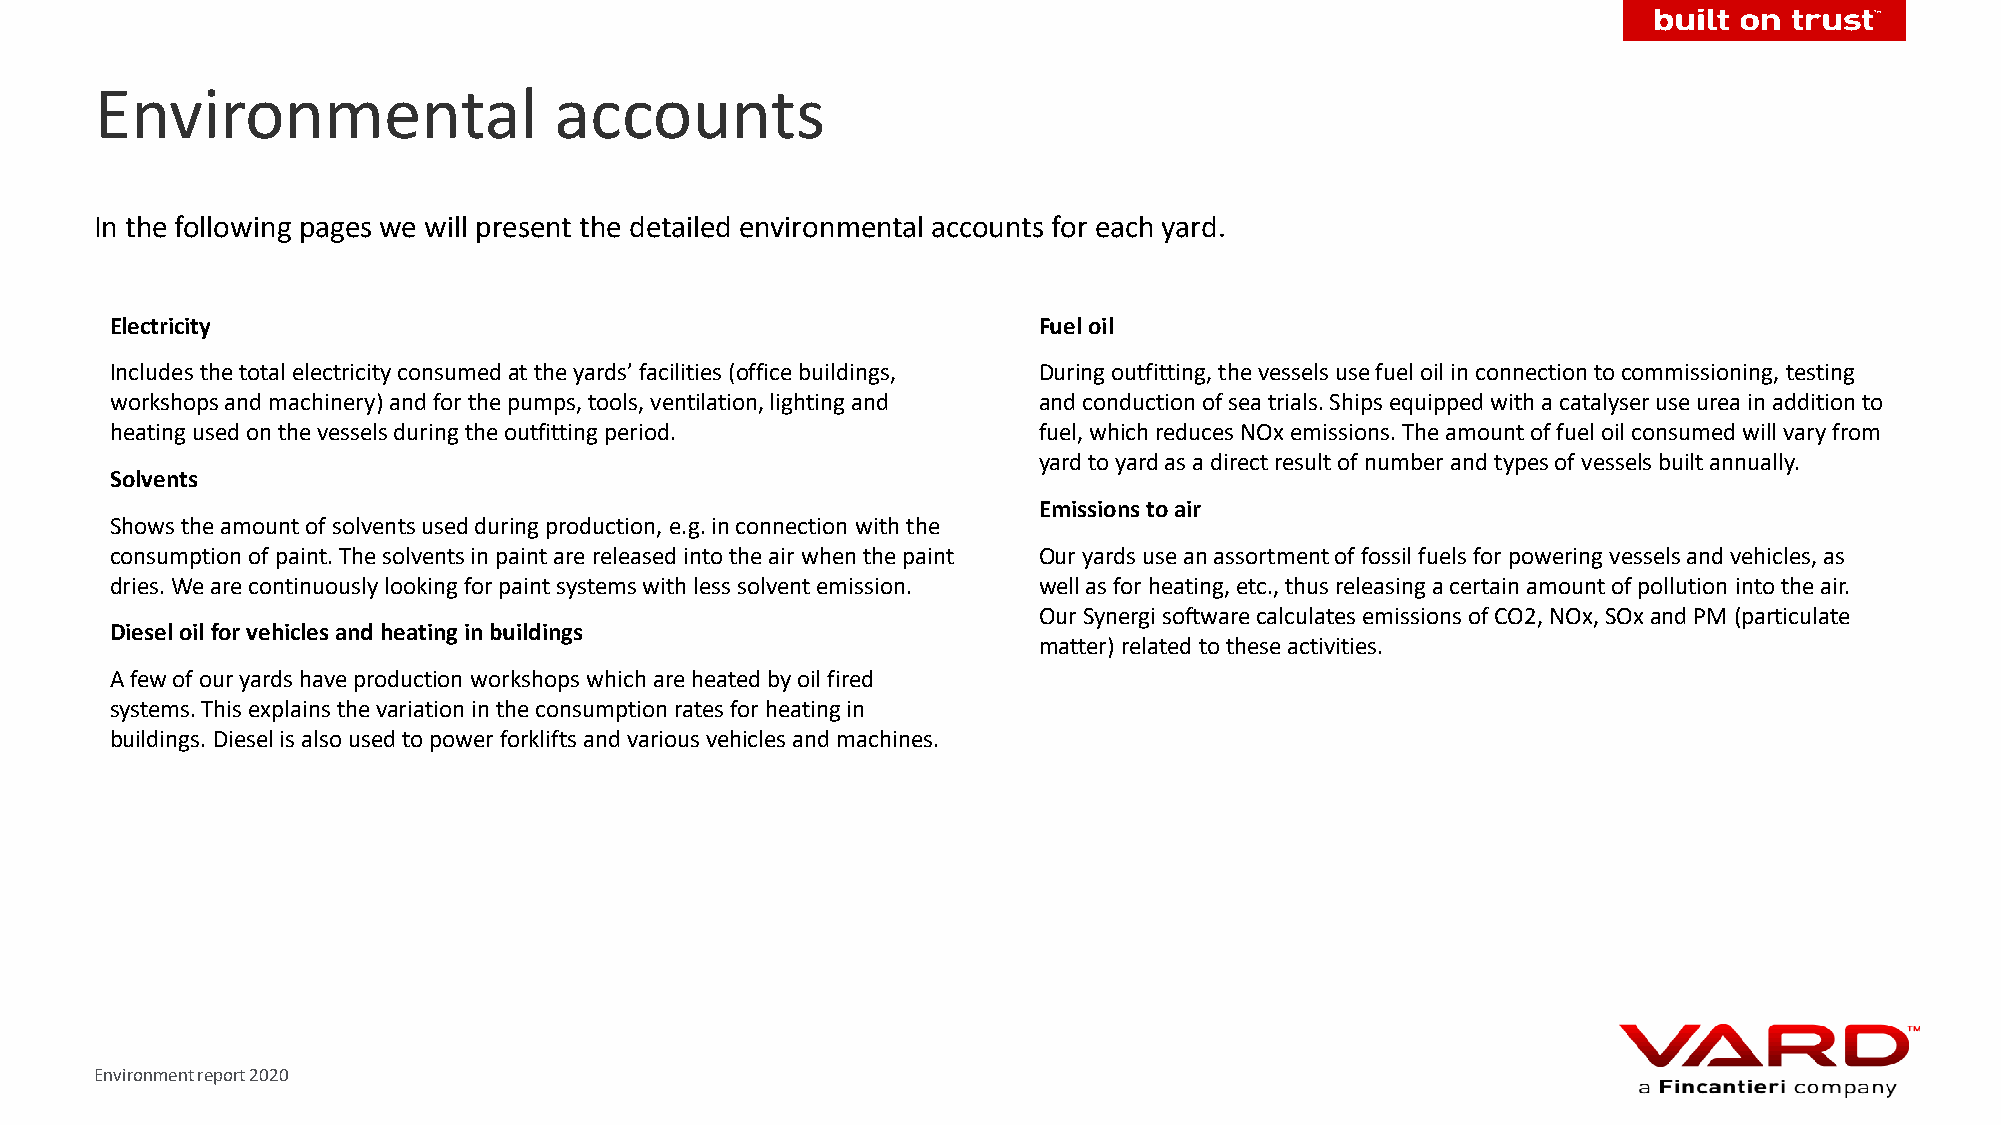
Environmental                  accounts
 In the following pages we will present the detailed environmental accounts for each yard.
 Electricity                                                   Fuel oil
 Includes the total electricity consumed at the yards’ facilities (office buildings, During outfitting, the vessels use fuel oil in connection to commissioning, testing
 workshops and machinery) and for the pumps, tools, ventilation, lighting and and conduction of sea trials. Ships equipped with a catalyser use urea in addition to
 heating used on the vessels during the outfitting period.     fuel, which reduces NOx emissions. The amount of fuel oil consumed will vary from
 yard to yard as a direct result of number and types of vessels built annually.
 Solvents
 Emissions to air
 Shows the amount of solvents used during production, e.g. in connection with the
 consumption of paint. The solvents in paint are released into the air when the paint Our yards use an assortment of fossil fuels for powering vessels and vehicles, as
 dries. We are continuously looking for paint systems with less solvent emission. well as for heating, etc., thus releasing a certain amount of pollution into the air.
 Our Synergi software calculates emissions of CO2, NOx, SOxand PM (particulate
 Diesel oil for vehicles and heating in buildings
 matter) related to these activities.
 A few of our yards have production workshops which are heated by oil fired
 systems. This explains the variation in the consumption rates for heating in
 buildings. Diesel is also used to power forklifts and various vehicles and machines.
 Environment report 2020